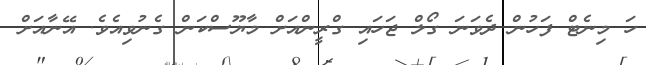
ހަ މިނެޓް ފަހުން ދެވަނަ ގޯލް ޖަހައި ގްރީންއަށް މާޔޫސްކަން ގެނުވިއެވެ. އޭނާއަށް